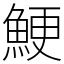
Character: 鯁